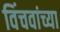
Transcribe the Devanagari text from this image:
विंचवांच्या